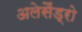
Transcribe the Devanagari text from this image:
अलेसैंड्रो